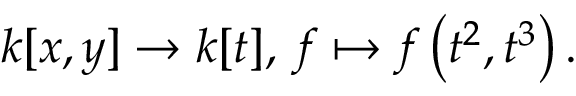
k [ x , y ] \to k [ t ] , \, f \mapsto f \left( t ^ { 2 } , t ^ { 3 } \right) .